system: You are a helpful assistant.
user:
Analyze the provided spectrum to determine if it is a **S-type Star**.

- **Key Indicators for S-type Star:**

    - **(Overall Spectrum Shape):** The first and most obvious characteristic is the overall continuum (the "baseline" shape). It is **extremely "red-sloping,"** meaning the flux (light intensity) is very low on the left side (blue, ~4000-4500 Å) and rises steeply and continuously toward the right side (red, ~7000 Å+).

    - **(Primary):** The spectrum is defined by the presence of strong, broad molecular absorption "valleys" (bands) from **Zirconium Oxide (ZrO)**. The identification of these bands is the **primary requirement** for classifying a star as S-type.
        - **(Key Bandheads):** You must find distinct, deep "dips" where the light has been absorbed. The most critical band systems to locate are:
            - **~6474 Å** ($\gamma$-system): This is often the strongest and clearest ZrO feature, found in the red part of the spectrum.
            - **~5718 Å** & **~5551 Å** ($\beta$-system): A pair of prominent absorption features in the yellow-orange part of the spectrum.
            - **~4640 Å** ($\alpha$-system): A key absorption band system in the blue-green region of the spectrum.

    - **(Secondary Confirmation):** The classification is strengthened by finding additional absorption bands from other related heavy element oxides, which are expected to be present alongside ZrO.
        - **(Key Bandheads):**
            - **Yttrium Oxide (YO):** Look for absorption dips near **~4800 Å** and **~6100 Å**.
            - **Lanthanum Oxide (LaO):** Additional absorption features, particularly in the red-orange part of the spectrum, are also characteristic.

    - **(Line Profile):** The combination of the steep red continuum and these numerous, deep molecular bands (ZrO, YO, etc.) gives the entire spectrum a very **"chopped-up"** or **"bumpy"** appearance. Instead of a smooth curve, the spectrum looks as though large, wide chunks of light have been "carved out" of it at the specific wavelengths listed above.

Think first, call **spectral_visualization_tool** if needed to examine features in detail, then provide your final answer. Your response must adhere to the following strict rules:
1.  **Overall Structure:** Your response must follow the format `<think>...</think> <tool_call>...</tool_call> (if a tool is used) <answer>...</answer>`.
2.  **Tool Usage Constraint:** You may only make **one** tool call per turn.
3.  **Final Answer Format:** In the `<answer>` tag, your conclusion must be inside a `\boxed{}` command (e.g., `\boxed{YES}` or `\boxed{NO}`), followed by your justification.

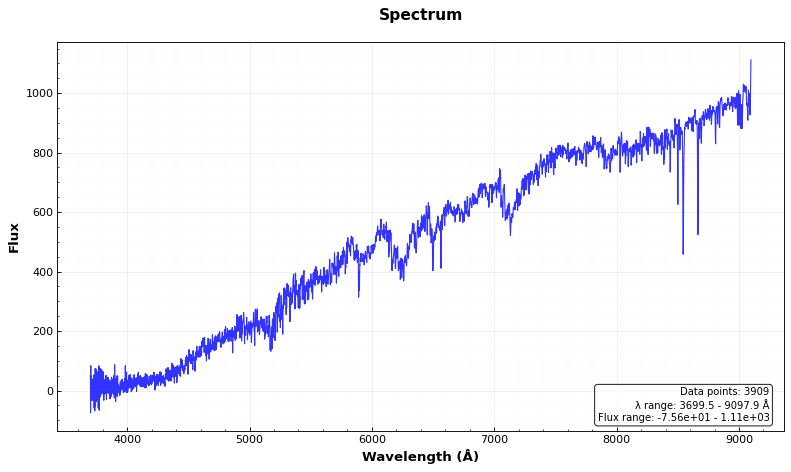
Answer: YES